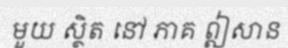
មួយ ស្ថិត នៅ ភាគ ឦសាន